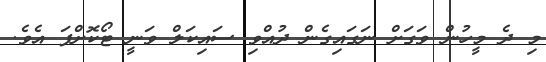
މި ދެ މީހުން ވަގަށް ނަގައިގެން ދުއްވި ސައިކަލް ވަނީ ޓޯކޮށްފަ އެވެ.